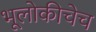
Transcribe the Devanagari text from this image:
भूलोकीचेच